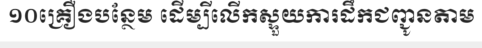
១០គ្រឿងបន្ថែម ដើម្បីលើកស្ទួយការដឹកជញ្ជូនតាម